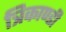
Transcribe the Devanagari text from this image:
त्रिकाण्डी